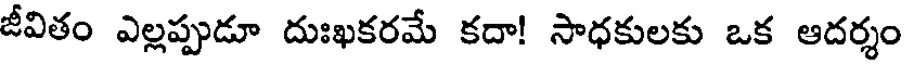
జీవితం ఎల్లప్పుడూ దుఃఖకరమే కదా! సాధకులకు ఒక ఆదర్శం